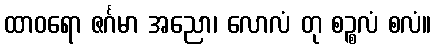
ထာဝရော ဇင်္ဂမာ အညော၊ လောလံ တု စဉ္စလံ စလံ။